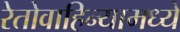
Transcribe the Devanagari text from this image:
रेतोवाहिन्यामध्ये